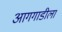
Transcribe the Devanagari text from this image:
आगगाडीला